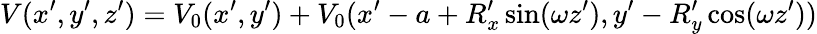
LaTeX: V(x^{\prime},y^{\prime},z^{\prime})=V_{0}(x^{\prime},y^{\prime})+V_{0}(x^{\prime}-a+R_{x}^{\prime}\sin(\omega z^{\prime}),y^{\prime}-R_{y}^{\prime}\cos(\omega z^{\prime}))